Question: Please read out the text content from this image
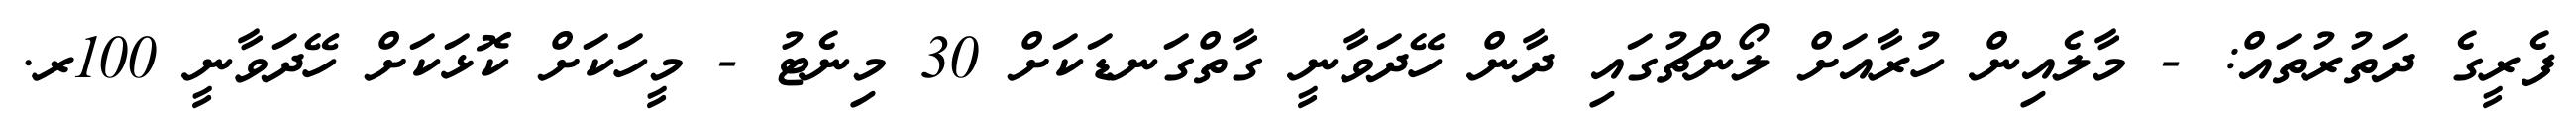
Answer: ފެރީގެ ދަތުރުތައް: - މާލެއިން ހުރާއަށް ލޯންޗުގައި ދާން ހޭދަވާނީ ގާތްގަނޑަކަށް 30 މިނެޓު - މީހަކަށް ކޮޅަކަށް ހޭދަވާނީ 100ރ.